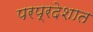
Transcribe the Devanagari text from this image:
परप्रदेशात